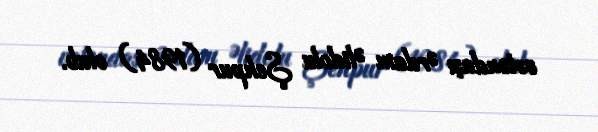
vətəndaşı Ərdam Əlidolu Şehpur (1984) olub.